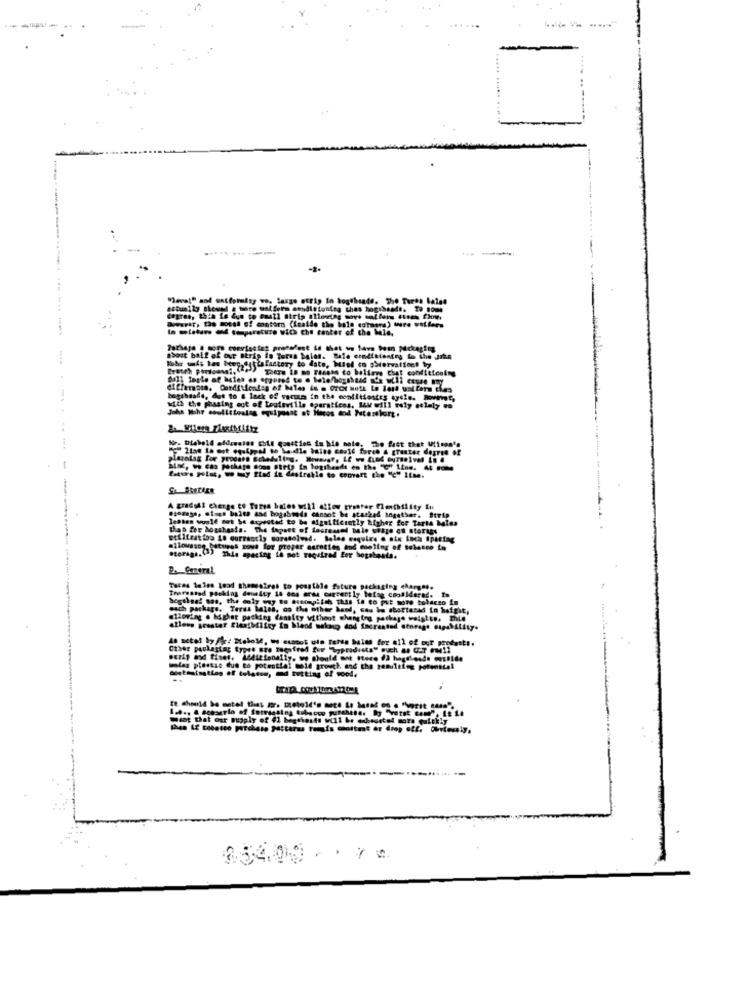
------
degree, thia Le due to @mail atrip allowing move wallers stees flow.
Dowerar, tão moest of montern (fcaide the bale commons) tre watters
In motsture and temperature with the center of the hele,
......---------------------- --
about baff of our strip fo Torsa balen. Pale conditioning to the Jibe
There is no rassss to ballers Chaf conditioning
bagiheads, dut to & lack of vacum in the conflitostes dysle. However,
adid the phasing out of touteville operatiess. Lw will roly etlaly es
21ae ta ost ogalpy al to be dle bains could foreh & grester degree of
Bisc, wo cas package sons strip in logshende en the "G"f 1ine. 46
futurs Polat, we May flad it desirable to convert the "c" itme.
A gradual cherge co Torsa bates will allow tranter flexibility fu
8102055, @1-ch bales ase bogsbsods cansof be stackad together. Strip
lebten would not be expected to be Significantly higher for Tarta bales
thas for hogahasta. The topset of increased bale chage en storags
stiifzat too Le currently soresolved. boles require o aix foca ipactag
milowasog betuipas zowe for proper auraties and meling of solacee In
storage.(3) This spacing in not required for bogabasta.
Da Careral
Turas loles toad themsaires to posstale future packaging charges.
bogtheaf sas, the only way to Queimpiich Thas io to put more tobacco in
Trarestad packing deuakty 14 dos arma currently befog considered. In
euch package. Teras lales, oo the other hand, Gau be abertasad in hofgit,
allowing . higher packing density without changing package weights. Die
allows prestar Eleafhilfey in bland wakan and facreated Storage capability.
As actol by fire Diebold, I custos ute Terts balas for all of our products.
Other packagtar typre ste required for "Wyprodusta" such as UST Full
Imlag plastic due to potential meld growth, and the penvleig porenttel
Boetmaisatlas of telamsn, md tutting of wood.
Want that our supply of #1 bagchants will be adausted more quickly